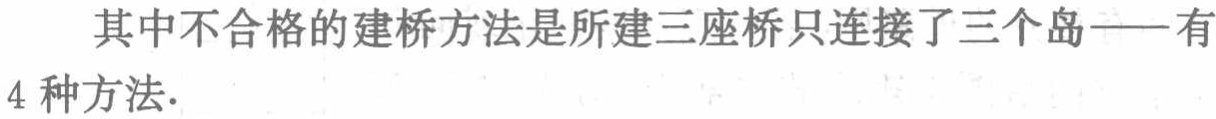
其中不合格的建桥方法是所建三座桥只连接了三个岛——有
4 种方法.